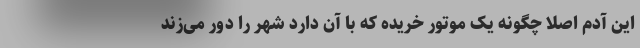
این آدم اصلا چگونه یک موتور خریده که با آن دارد شهر را دور می‌زند